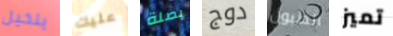
يتخيل عليك بصلة دوج الطبول تميز